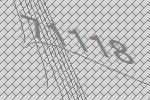
71118